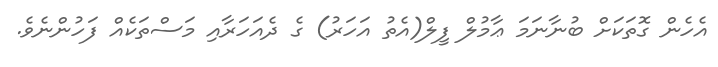
އެހެން ގޮތަކަށް ބުނާނަމަ ޢާމުލް ފީލް(އެތު އަހަރު) ގެ ދެއަހަރާއި މަސްތަކެއް ފަހުންނެވެ.